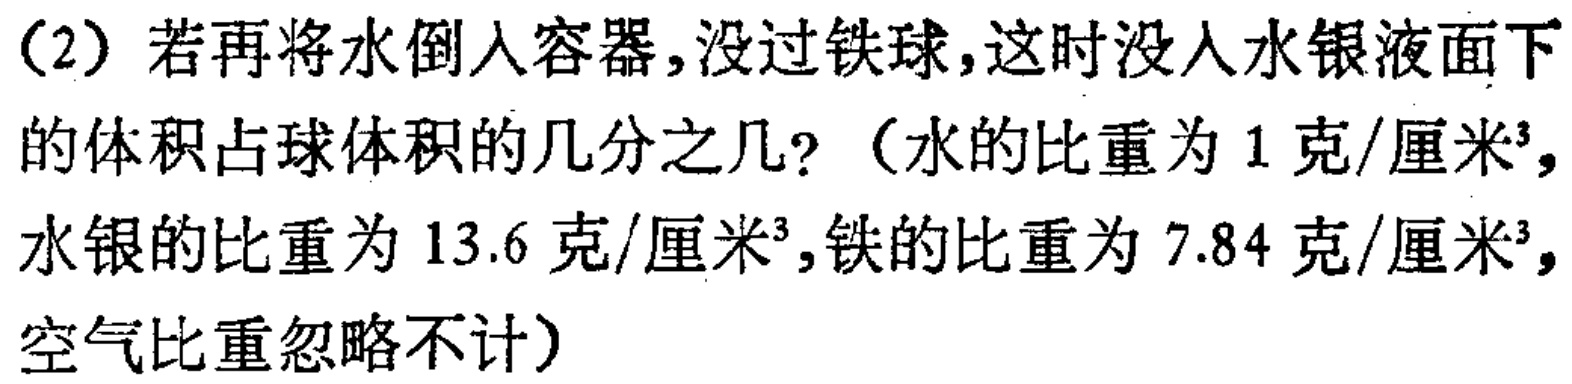
（2）若再将水倒入容器，没过铁球，这时没入水银液面下的体积占球体积的几分之几？（水的比重为1克/厘米³，水银的比重为13.6克/厘米³，铁的比重为7.84克/厘米³，空气比重忽略不计）